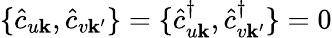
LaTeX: \{ \hat{c}_{u\mathbf{k}},\hat{c}_{v\mathbf{k^{\prime}}}\} =\{ \hat{c}_{u\mathbf{k}}^{\dagger},\hat{c}_{v\mathbf{k^{\prime}}}^{\dagger}\} =0